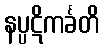
နပ္ပဋိကင်္ခတိ